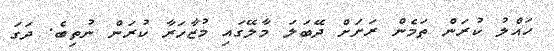
ހައްލު ކުރަން ތަމެން ރަށަށް ދޭބަލަ މާލޭގައި މުޒާހަރާ ކުރަން ނުތިބެ. ދަގަ